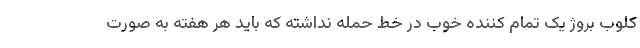
کلوب بروژ یک تمام کننده خوب در خط حمله نداشته که باید هر هفته به صورت